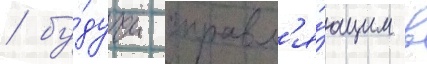
/ бу́дучи управл'я́ющим в